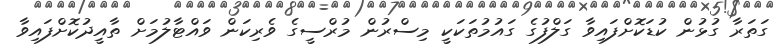
ގަތަރާ ގުޅުން ކުޑަކޮށްފައިވާ ގަލްފުގެ ގައުމުތަކަކީ މިސްރުން މުރްސީގެ ވެރިކަން ވައްޓާލުމަށް ތާއީދުކޮށްފައިވާ